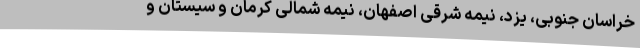
خراسان جنوبی، یزد، نیمه شرقی اصفهان، نیمه شمالی کرمان و سیستان و